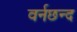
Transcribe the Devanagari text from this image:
वर्नछन्द